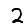
Digit: 2